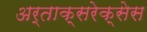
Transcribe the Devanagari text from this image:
अर्ताक्सरेक्सेस